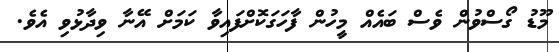
މޫޑު ގޯސްވުން ވެސް ބައެއް މީހުން ފާހަގަކޮށްފައިވާ ކަމަށް އޭނާ ވިދާޅުވި އެވެ.